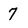
Character: 7